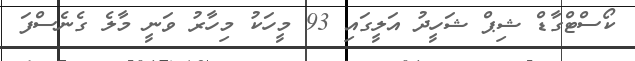
ކޯސްޓްގާޑް ޝިޕް ޝަހީދު އަލީގައި 93 މީހަކު މިހާރު ވަނީ މާލެ ގެނެސްފަ